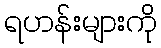
ရဟန်းများကို